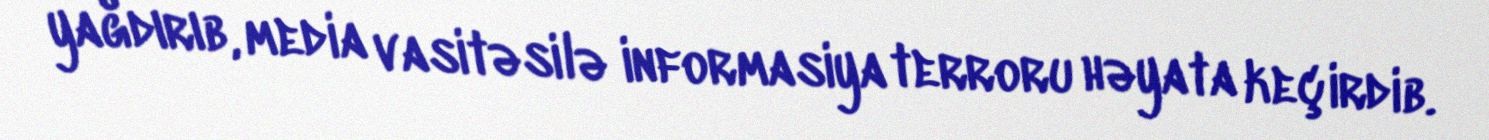
yağdırıb, media vasitəsilə informasiya terroru həyata keçirdib.